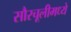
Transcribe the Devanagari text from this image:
सौरचूलीमध्ये